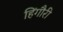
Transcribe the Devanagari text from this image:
हिंगौरी